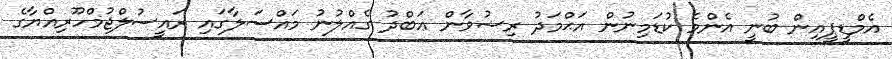
އެމްޑީޕީއިން ބުނީ އެންމެ ކުޑަމިނުން އަޙްމަދު ރިޟުވާން ޢަބްދު ގެއްލުނު މައްސަލާގައި ރައީސުލްޖުމްހޫރިއްޔާގެ